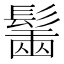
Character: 𩮟